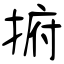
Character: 捬